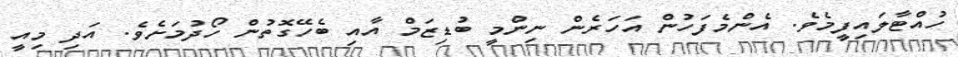
ހުއްޓާލައިފީމެވެ. އެންމެފަހުން އަހަރެން ނިންމީ ބުޑިޒަމް އާއި ބެހޭގޮތުން ހޯދުމަށެވެ. އަދި މިއީ